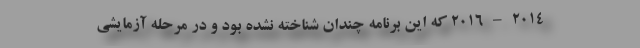
2014 – 2016 که این برنامه چندان شناخته نشده بود و در مرحله آزمایشی